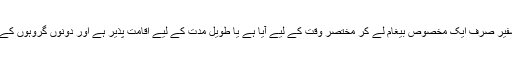
اس لیے اس سے کوئی فرق نہیں پڑتا کہ سفیر صرف ایک مخصوص بیغام لے کر مختصر وقت کے لیے آیا ہے یا طویل مدت کے لیے اقامت پذیر ہے اور دونوں گروہوں کے درمیان مسلسل رابطے کا کام کر رہا ہے۔